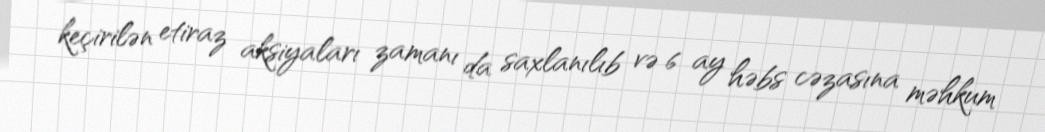
keçirilən etiraz aksiyaları zamanı da saxlanılıb və 6 ay həbs cəzasına məhkum